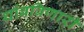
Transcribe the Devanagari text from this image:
थांबविणारी